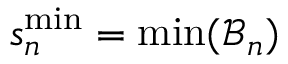
s _ { n } ^ { \mathrm { m i n } } = \operatorname* { m i n } ( \mathcal { B } _ { n } )